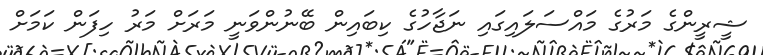
ޝީރީންގެ މަރުގެ މައްސަލައިގައި ނަޖާހުގެ ކިބައިން ބޭނުންވަނީ މަރަށް މަރު ހިފަން ކަމަށް